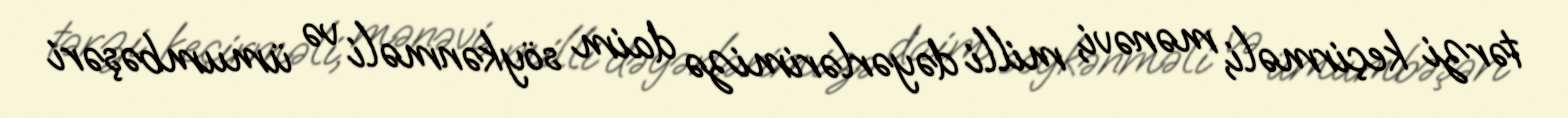
tərzi keçirməli, mənəvi, milli dəyərlərimizə daim söykənməli və ümumbəşəri